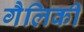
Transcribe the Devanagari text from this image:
गैलिकी